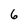
Character: 6